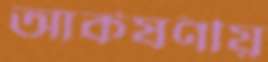
আর্কষণীয়